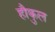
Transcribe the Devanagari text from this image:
हौकुल